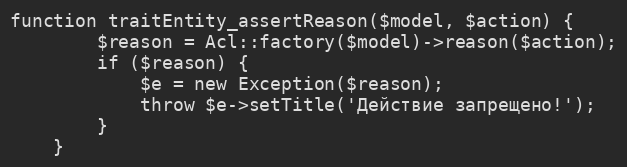
Language: PHP
function traitEntity_assertReason($model, $action) {
        $reason = Acl::factory($model)->reason($action);
        if ($reason) {
            $e = new Exception($reason);
            throw $e->setTitle('Действие запрещено!');
        }
    }